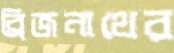
ব্রিজনাথের